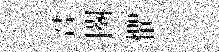
君闋懼